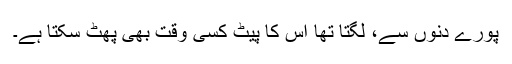
پورے دنوں سے، لگتا تھا اس کا پیٹ کسی وقت بھی پھٹ سکتا ہے۔